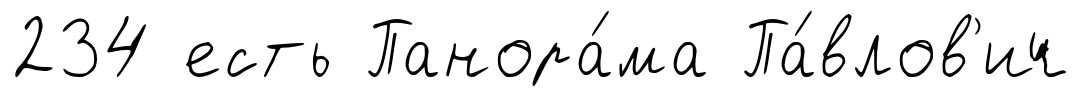
234 есть Панора́ма Па́влов'ич